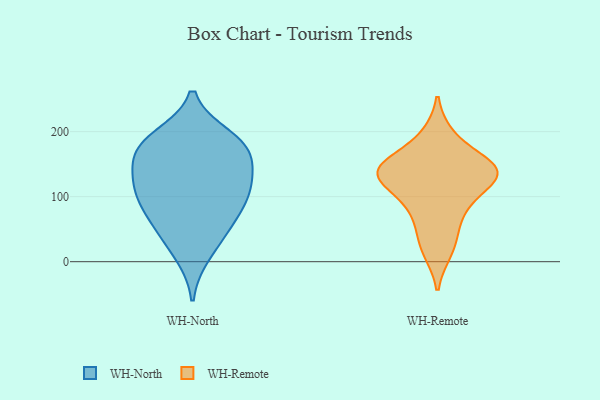
{"axis": {"x": "Bounce Rate (%)", "y": "Value"}, "legend": ["WH-North", "WH-Remote"], "data": [{"x": "", "y": 180, "type": "WH-North"}, {"x": "", "y": 55, "type": "WH-North"}, {"x": "", "y": 139, "type": "WH-North"}, {"x": "", "y": 181, "type": "WH-North"}, {"x": "", "y": 174, "type": "WH-North"}, {"x": "", "y": 162, "type": "WH-North"}, {"x": "", "y": 46, "type": "WH-North"}, {"x": "", "y": 111, "type": "WH-North"}, {"x": "", "y": 79, "type": "WH-North"}, {"x": "", "y": 11, "type": "WH-North"}, {"x": "", "y": 191, "type": "WH-North"}, {"x": "", "y": 96, "type": "WH-North"}, {"x": "", "y": 124, "type": "WH-North"}, {"x": "", "y": 109, "type": "WH-North"}, {"x": "", "y": 47, "type": "WH-Remote"}, {"x": "", "y": 147, "type": "WH-Remote"}, {"x": "", "y": 143, "type": "WH-Remote"}, {"x": "", "y": 82, "type": "WH-Remote"}, {"x": "", "y": 126, "type": "WH-Remote"}, {"x": "", "y": 135, "type": "WH-Remote"}, {"x": "", "y": 134, "type": "WH-Remote"}, {"x": "", "y": 195, "type": "WH-Remote"}, {"x": "", "y": 154, "type": "WH-Remote"}, {"x": "", "y": 15, "type": "WH-Remote"}, {"x": "", "y": 99, "type": "WH-Remote"}]}